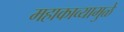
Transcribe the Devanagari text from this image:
महाकाव्यामुळे